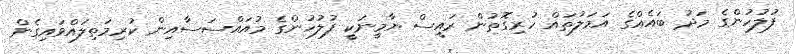
ފުލުހުންގެ މަދު ބައެއްގެ އަމަލުތައް ހުރިގޮތުން ރައީސް ޔާމީނަކީ ފުލުހުންގެ މުއައްސަސާއިން ކުރިމަތިލައްވައިގެން